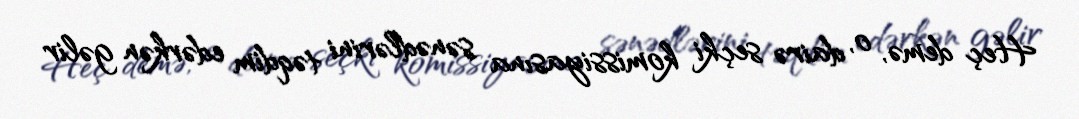
Heç demə, o, dairə seçki komissiyasına sənədlərini təqdim edərkən gəlir